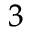
_ 3